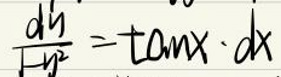
$\frac { d y } { \sqrt { 1 + y ^ { 2 } } } = \tan x \cdot d x$